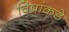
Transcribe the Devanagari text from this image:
विप्रांकडे